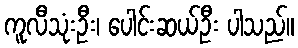
ကူလီသုံးဦး၊ ပေါင်းဆယ်ဦး ပါသည်။